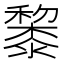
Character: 𥣥